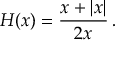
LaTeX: H ( x ) = { \frac { x + | x | } { 2 x } } \, .